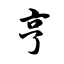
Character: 亨